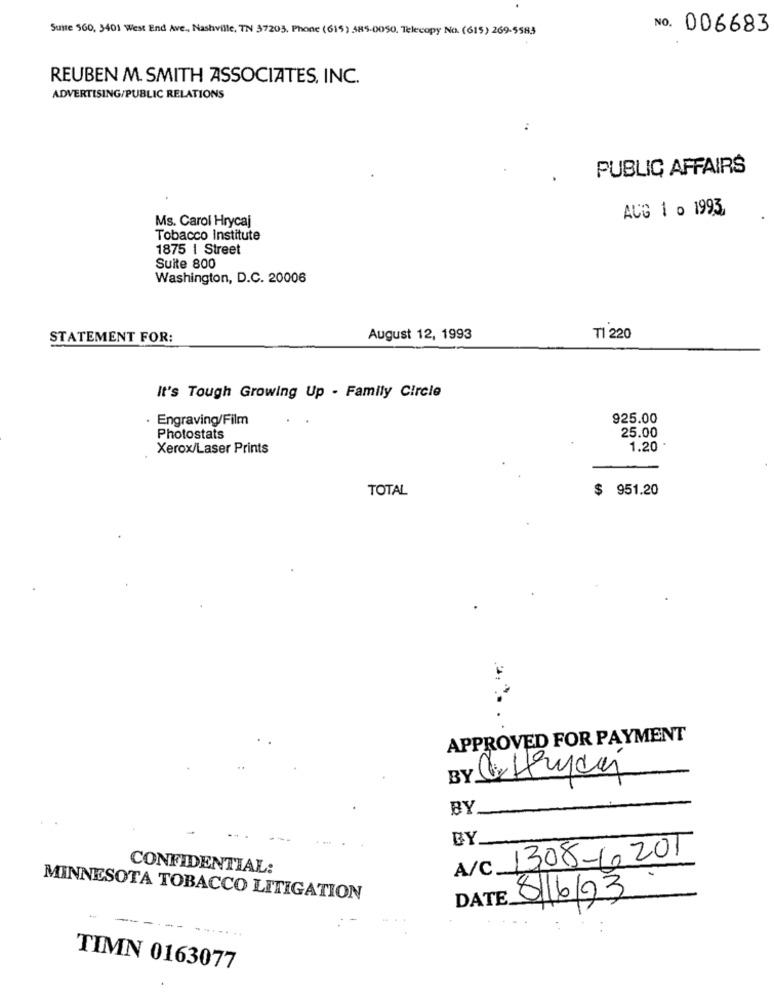
Suite 560, 3401 West End Ave ., Nashville, TN 57203, Phone (615) 585-0050. Telecopy No. (615) 269-5583
NO. 006683
REUBEN M. SMITH ASSOCIATES, INC.
ADVERTISING/PUBLIC RELATIONS
PUBLIC AFFAIRS
AUG 1 o 1993,
Ms. Carol Hrycaj
Tobacco Institute
1875 | Street
Suite 800
Washington, D.C. 20006
STATEMENT FOR:
August 12, 1993
T1 220
It's Tough Growing Up - Family Circle
. Engraving/Film
925.00
25.00
Photostats
Xerox/Laser Prints
1.20
TOTAL
$ 951.20
APPROVED FOR PAYMENT
BY
BY.
A/C 1308-10201
CONFIDENTIAL:
MINNESOTA TOBACCO LITIGATION
DATE 8/6/93
TIMN 0163077